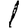
Digit: 1